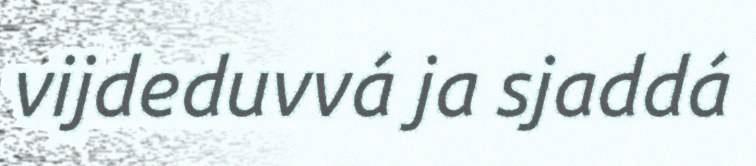
vijdeduvvá ja sjaddá